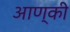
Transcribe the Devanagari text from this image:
आण्की